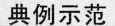
典例示范